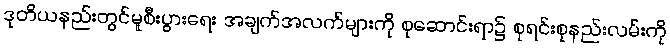
ဒုတိယနည်းတွင်မူစီးပွားရေး အချက်အလက်များကို စုဆောင်းရာ၌ စုရင်းစုနည်းလမ်းကို